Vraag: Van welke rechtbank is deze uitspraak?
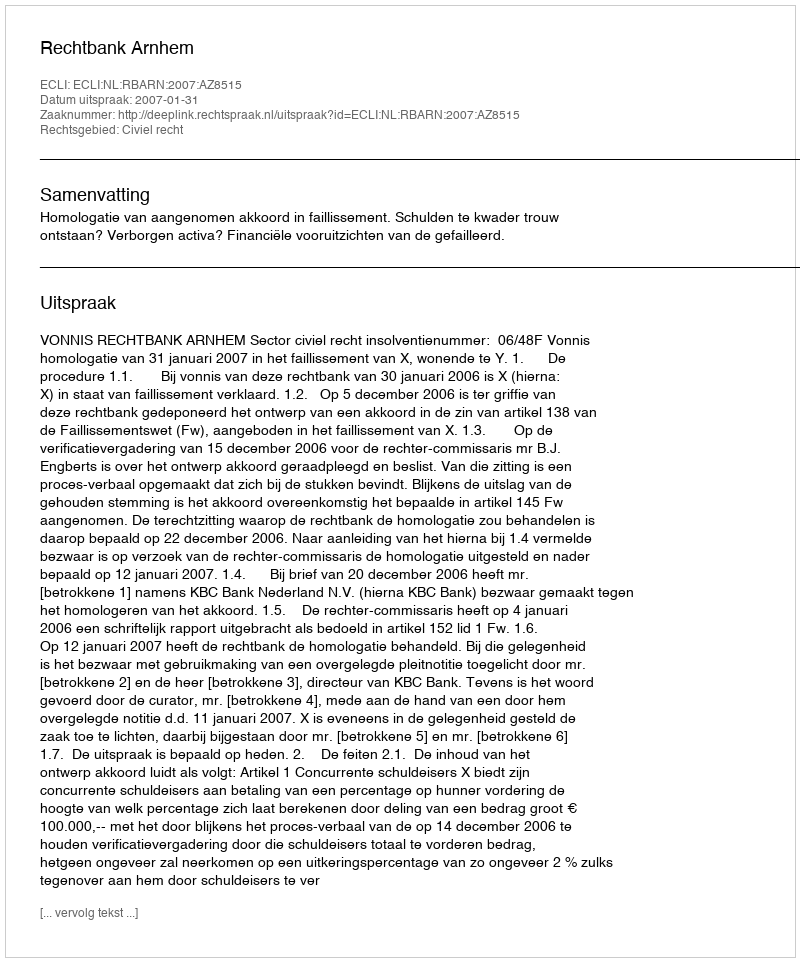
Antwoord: Rechtbank Arnhem